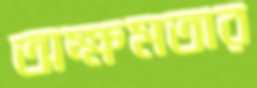
অক্ষমতার